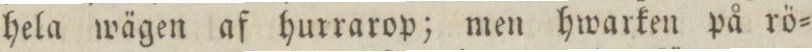
hela wägen af hurrarop; men hwarken på rö=